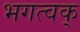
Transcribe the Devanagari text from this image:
भगत्वक्